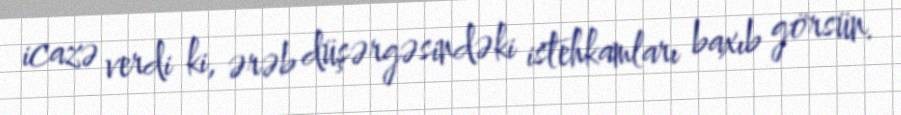
icazə verdi ki, ərəb düşərgəsindəki istehkamları baxıb görsün.